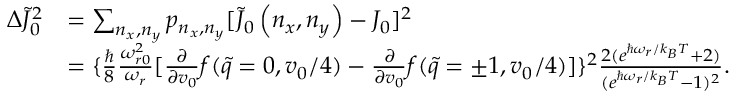
\begin{array} { r l } { \Delta \tilde { J } _ { 0 } ^ { 2 } } & { = \sum _ { n _ { x } , n _ { y } } p _ { n _ { x } , n _ { y } } [ \tilde { J } _ { 0 } \left( n _ { x } , n _ { y } \right) - J _ { 0 } ] ^ { 2 } } \\ & { = \{ \frac { \hbar } { 8 } \frac { \omega _ { r 0 } ^ { 2 } } { \omega _ { r } } [ \frac { \partial } { \partial v _ { 0 } } f ( \tilde { q } = 0 , v _ { 0 } / 4 ) - \frac { \partial } { \partial v _ { 0 } } f ( \tilde { q } = \pm 1 , v _ { 0 } / 4 ) ] \} ^ { 2 } \frac { 2 ( e ^ { \hbar \omega _ { r } / k _ { B } T } + 2 ) } { ( e ^ { \hbar \omega _ { r } / k _ { B } T } - 1 ) ^ { 2 } } . } \end{array}